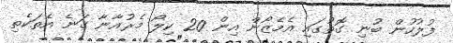
ފުލުހުން ބުނި ގޮތުގައި އެމެޒޯން އިން 20 ކިލޯ މެރުއާނާ ގަނެ އެތަކެތި